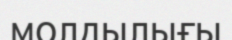
молдылығы